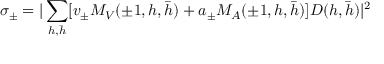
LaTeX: \sigma _ { \pm } = \vert \sum _ { h , \bar { h } } [ v _ { \pm } M _ { V } ( \pm 1 , h , \bar { h } ) + a _ { \pm } M _ { A } ( \pm 1 , h , \bar { h } ) ] D ( h , \bar { h } ) \vert ^ { 2 }